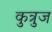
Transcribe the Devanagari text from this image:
कुत्रुज